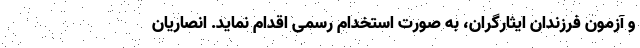
و آزمون فرزندان ایثارگران، به صورت استخدام رسمی اقدام نماید. انصاریان